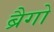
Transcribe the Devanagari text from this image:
ब्रैगो